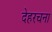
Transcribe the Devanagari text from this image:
देहरचना